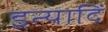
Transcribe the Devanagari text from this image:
इत्यादिं